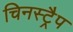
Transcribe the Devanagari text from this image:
चिनस्ट्रैप